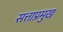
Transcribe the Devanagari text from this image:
सत्ताप्रमुख